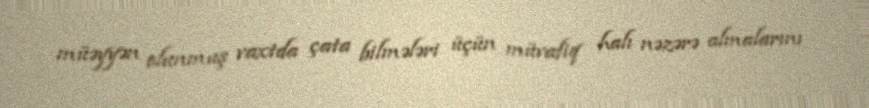
müəyyən olunmuş vaxtda çata bilmələri üçün müvafiq halı nəzərə almalarını